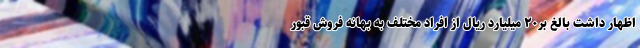
اظهار داشت بالغ بر۲۰ میلیارد ریال از افراد مختلف به بهانه فروش قبور